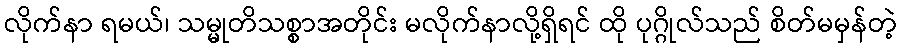
လိုက်နာ ရမယ်၊ သမ္မုတိသစ္စာအတိုင်း မလိုက်နာလို့ရှိရင် ထို ပုဂ္ဂိုလ်သည် စိတ်မမှန်တဲ့